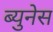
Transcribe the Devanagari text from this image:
ब्युनेस